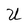
Character: U